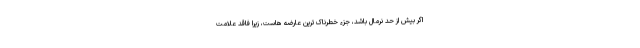
اگر بیش از حد نرمال باشد، جزء خطرناک ترین عارضه هاست، زیرا فاقد علامت